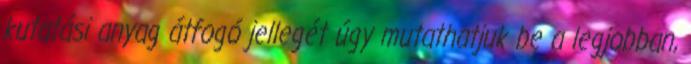
kutatási anyag átfogó jellegét úgy mutathatjuk be a legjobban,